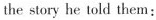
the story he told them: